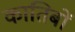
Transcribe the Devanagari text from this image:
कातिबों